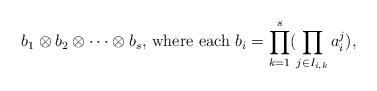
LaTeX: \begin{align*} b_1 \otimes b_2 \otimes \dots \otimes b_s \mbox{, where each } b_i = \prod_{k=1}^s (\prod_{j \in I_{i,k}} a_i^j), \end{align*}